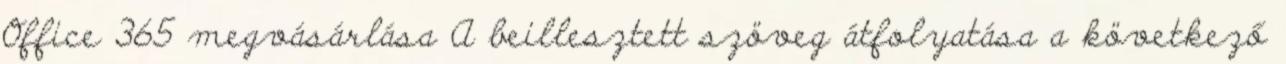
Office 365 megvásárlása A beillesztett szöveg átfolyatása a következő